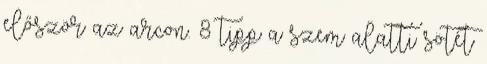
először az arcon. 8 tipp a szem alatti sötét